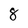
Character: 8